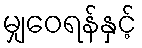
မျှဝေရန်နှင့်